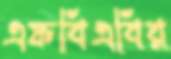
এফবিএবির